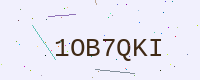
Text: 1OB7QKI